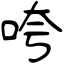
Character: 咵